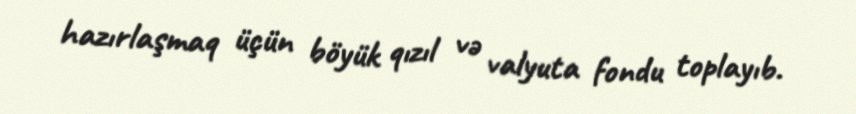
hazırlaşmaq üçün böyük qızıl və valyuta fondu toplayıb.